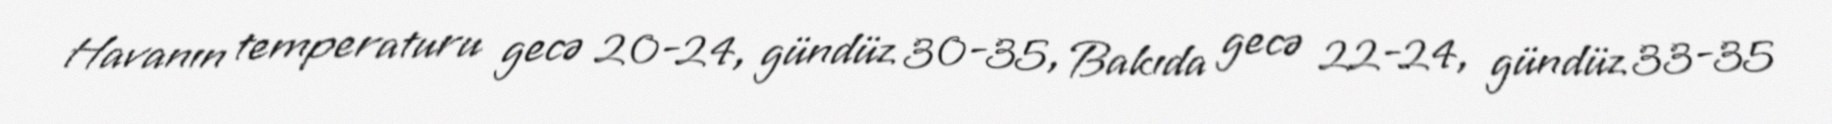
Havanın temperaturu gecə 20-24, gündüz 30-35, Bakıda gecə 22-24, gündüz 33-35